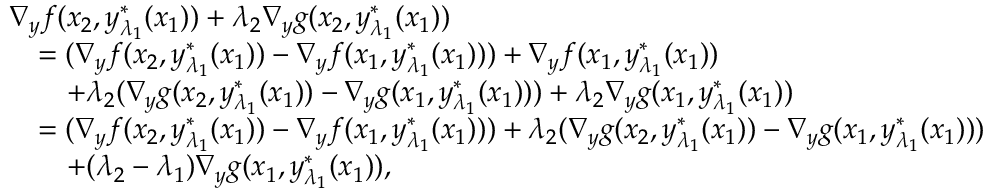
\begin{array} { r l } & { \nabla _ { y } f ( x _ { 2 } , y _ { \lambda _ { 1 } } ^ { * } ( x _ { 1 } ) ) + \lambda _ { 2 } \nabla _ { y } g ( x _ { 2 } , y _ { \lambda _ { 1 } } ^ { * } ( x _ { 1 } ) ) } \\ & { \quad = ( \nabla _ { y } f ( x _ { 2 } , y _ { \lambda _ { 1 } } ^ { * } ( x _ { 1 } ) ) - \nabla _ { y } f ( x _ { 1 } , y _ { \lambda _ { 1 } } ^ { * } ( x _ { 1 } ) ) ) + \nabla _ { y } f ( x _ { 1 } , y _ { \lambda _ { 1 } } ^ { * } ( x _ { 1 } ) ) } \\ & { \qquad + \lambda _ { 2 } ( \nabla _ { y } g ( x _ { 2 } , y _ { \lambda _ { 1 } } ^ { * } ( x _ { 1 } ) ) - \nabla _ { y } g ( x _ { 1 } , y _ { \lambda _ { 1 } } ^ { * } ( x _ { 1 } ) ) ) + \lambda _ { 2 } \nabla _ { y } g ( x _ { 1 } , y _ { \lambda _ { 1 } } ^ { * } ( x _ { 1 } ) ) } \\ & { \quad = ( \nabla _ { y } f ( x _ { 2 } , y _ { \lambda _ { 1 } } ^ { * } ( x _ { 1 } ) ) - \nabla _ { y } f ( x _ { 1 } , y _ { \lambda _ { 1 } } ^ { * } ( x _ { 1 } ) ) ) + \lambda _ { 2 } ( \nabla _ { y } g ( x _ { 2 } , y _ { \lambda _ { 1 } } ^ { * } ( x _ { 1 } ) ) - \nabla _ { y } g ( x _ { 1 } , y _ { \lambda _ { 1 } } ^ { * } ( x _ { 1 } ) ) ) } \\ & { \qquad + ( \lambda _ { 2 } - \lambda _ { 1 } ) \nabla _ { y } g ( x _ { 1 } , y _ { \lambda _ { 1 } } ^ { * } ( x _ { 1 } ) ) , } \end{array}